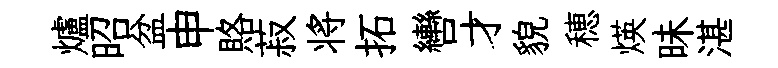
爐昭盆申賂菽将拓轡才貌穂煐昧湛